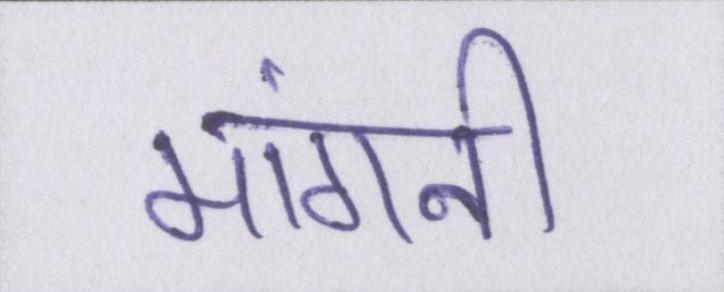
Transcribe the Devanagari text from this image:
मांगनी